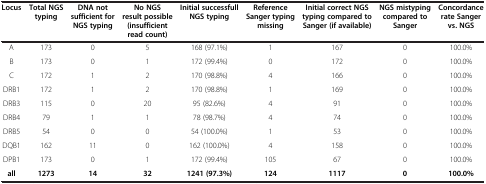
| Locus | Total NGS typing | DNA not sufficient for NGS typing | No NGS result possible (insufficient read count) | Initial successfull NGS typing | Reference Sanger typing missing | Initial correct NGS typing compared to Sanger (if available) | NGS mistyping compared to Sanger | Concordance rate Sanger vs. NGS |
 | --- | --- | --- | --- | --- | --- | --- | --- | --- |
 | A | 173 | 0 | 5 | 168 (97.1%) | 1 | 167 | 0 | 100.0% |
 | B | 173 | 0 | 1 | 172 (99.4%) | 0 | 172 | 0 | 100.0% |
 | C | 172 | 1 | 2 | 170 (98.8%) | 4 | 166 | 0 | 100.0% |
 | DRB1 | 172 | 1 | 2 | 170 (98.8%) | 1 | 169 | 0 | 100.0% |
 | DRB3 | 115 | 0 | 20 | 95 (82.6%) | 4 | 91 | 0 | 100.0% |
 | DRB4 | 79 | 1 | 1 | 78 (98.7%) | 4 | 74 | 0 | 100.0% |
 | DRB5 | 54 | 0 | 0 | 54 (100.0%) | 1 | 53 | 0 | 100.0% |
 | DQB1 | 162 | 11 | 0 | 162 (100.0%) | 4 | 158 | 0 | 100.0% |
 | DPB1 | 173 | 0 | 1 | 172 (99.4%) | 105 | 67 | 0 | 100.0% |
 | all | 1273 | 14 | 32 | 1241 (97.3%) | 124 | 1117 | 0 | 100.0% |